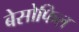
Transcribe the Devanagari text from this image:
बेसोफिल